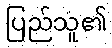
ပြည်သူ၏